Civil Veterinary Department. Central Provinces & Berar 1932-41 - 1932-1941
Year: 1932
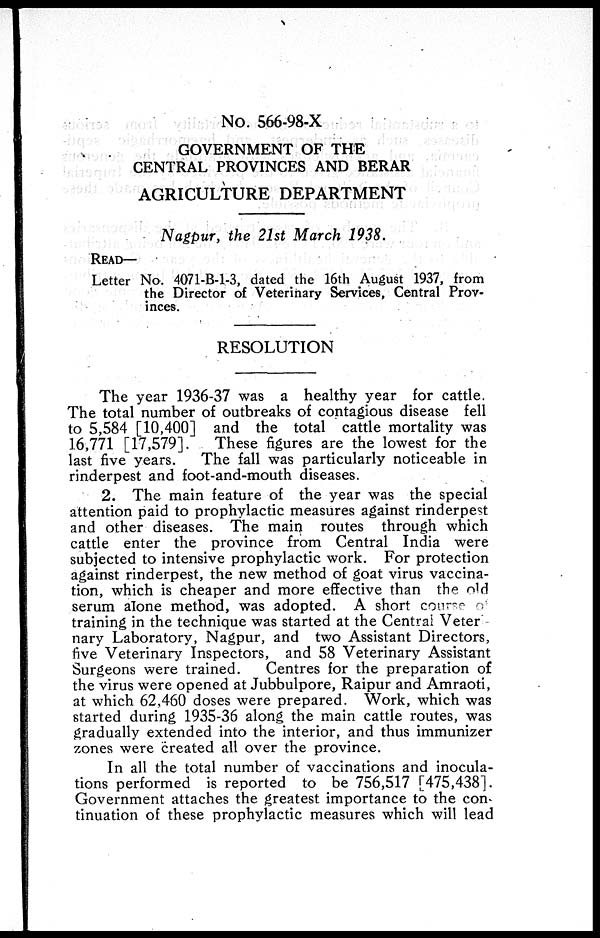
No. 566-98-X
GOVERNMENT OF THE
CENTRAL PROVINCES AND BERAR
AGRICULTURE DEPARTMENT
Nagpur, the 21st March 1938.
READ—
Letter No. 4071-B-1-3, dated the 16th August 1937, from
the Director of Veterinary Services, Central Prov-
inces.
RESOLUTION
The year 1936-37 was a healthy year for cattle.
The total number of outbreaks of contagious disease fell
to 5,584 [10,400] and the total cattle mortality was
16,771 [17,579].
These figures are the lowest for the
last five years.
The fall was particularly noticeable in
rinderpest and foot-and-mouth diseases.
2. The main feature of the year was the special
attention paid to prophylactic measures against rinderpest
and other diseases. The main routes through which
cattle enter the province from Central India were
subjected to intensive prophylactic work. For protection
against rinderpest, the new method of goat virus vaccina-
tion, which is cheaper and more effective than the old
serum alone method, was adopted. A short course of
training in the technique was started at the Central Veter -
nary Laboratory, Nagpur, and two Assistant Directors,
five Veterinary Inspectors, and 58 Veterinary Assistant
Surgeons were trained.
Centres for the preparation of
the virus were opened at Jubbulpore, Raipur and Amraoti,
at which 62,460 doses were prepared. Work, which was
started during 1935-36 along the main cattle routes, was
gradually extended into the interior, and thus immunizer
zones were created all over the province.
In all the total number of vaccinations and inocula-
tions performed is reported to be 756,517 [475,438].
Government attaches the greatest importance to the con-
tinuation of these prophylactic measures which will lead